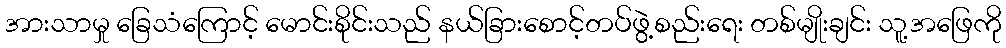
အားသာမှု ခြေသံကြောင့် မောင်းစိုင်းသည် နယ်ခြားစောင့်တပ်ဖွဲ့စည်းရေး တစ်မျိုးချင်း သူ့အဖြေကို